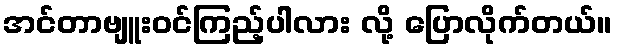
အင်တာဗျူးဝင်ကြည့်ပါလား လို့ ပြောလိုက်တယ်။